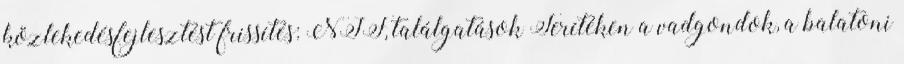
közlekedésfejlesztést frissítés: NIF, találgatások Terítéken a vadgondok, a balatoni